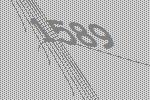
1589